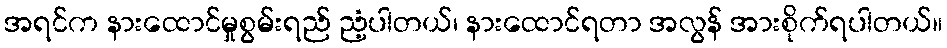
အရင်က နားထောင်မှုစွမ်းရည် ညံ့ပါတယ်၊ နားထောင်ရတာ အလွန် အားစိုက်ရပါတယ်။